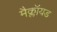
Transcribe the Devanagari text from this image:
मैक्लॉयड